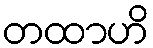
တထာဟိ